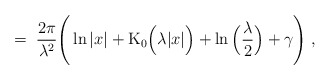
\begin{align*}= \;\frac{2\pi}{\lambda^2}\Bigg( \ln|x| + \mbox{K}_0\Big(\lambda |x|\Big)+ \ln\Big(\frac{\lambda}{2}\Big) + \gamma \Bigg) \; ,\end{align*}